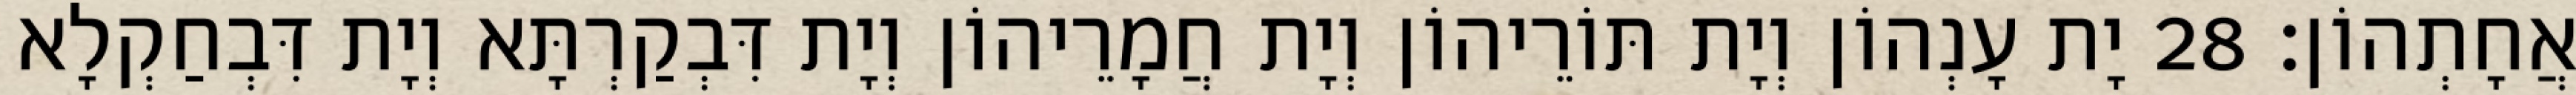
אֲחָתְהוֹן׃ 28 יָת עָנְהוֹן וְיָת תּוֹרֵיהוֹן וְיָת חֲמָרֵיהוֹן וְיָת דִּבְקַרְתָּא וְיָת דִּבְחַקְלָא